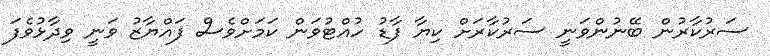
ސަރުކާރުން ބޭނުންވަނީ ސަރުކާރަށް ކިޔާ ފާޑު ހުއްޓުވަން ކަމަށްވެސް ފައްޔާޒު ވަނީ ވިދާޅުވެފަ